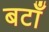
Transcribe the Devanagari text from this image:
बटाँ